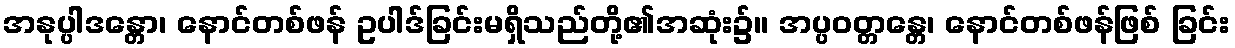
အနုပ္ပါဒန္တော၊ နောင်တစ်ဖန် ဥပါဒ်ခြင်းမရှိသည်တို့၏အဆုံး၌။ အပ္ပဝတ္တန္တေ၊ နောင်တစ်ဖန်ဖြစ် ခြင်း